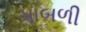
ધાબળી